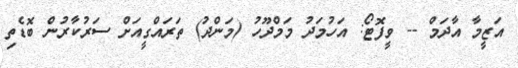
އަޒީމާ އާދަމް -- ވީފޮޓޯ: އަހުމަދު މަމްދޫހު (މަންދު) ތަރައްގީއަށް ސަރުކާރުން ބޮޑެތި